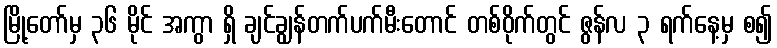
မြို့တော်မှ ၃၆ မိုင် အကွာ ရှိ ချင်ချွန်တက်ပက်မီးတောင် တစ်ဝိုက်တွင် ဇွန်လ ၃ ရက်နေ့မှ စ၍